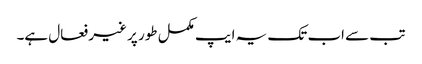
تب سے اب تک یہ ایپ مکمل طور پر غیر فعال ہے۔